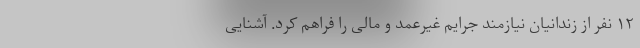
۱۲ نفر از زندانیان نیازمند جرایم غیرعمد و مالی را فراهم کرد. آشنایی